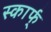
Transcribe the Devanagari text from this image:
स्कार्फ्